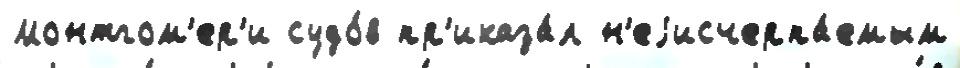
Монтгом'ер'и судо́в пр'иказа́л н'еjисчерпа́емым